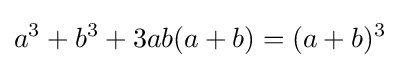
a^{3}+b^{3}+3ab(a+b)=(a+b)^{3}